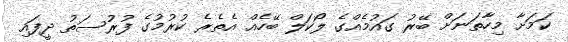
ކަމަށާ މިހާތަނަށް ބޭރު ގައުމެއްގެ ލޯކަލް ބޭހެއް އެތެރެ ކުރުމުގެ ފުރުސަތު ދީފައި